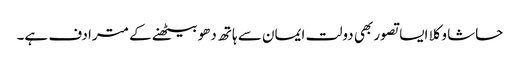
حاشا وکلا ایسا تصور بھی دولت ایمان سے ہاتھ دھو بیٹھنے کے مترادف ہے۔